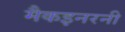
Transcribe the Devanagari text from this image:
मैकइनरनी